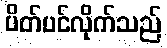
ပိတ်ပင်လိုက်သည်